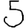
Digit: 5